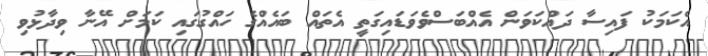
އެކަމަކު ފައިސާ ދައްކަވަން އެއްބަސްވެވަޑައިގަތީ އެތައް ބައެއްގެ ހައްގުގައި ކަމަށް އޭނާ ވިދާޅުވި